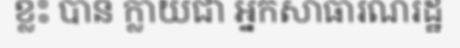
ខ្លះ បាន ក្លាយជា អ្នកសាធារណរដ្ឋ